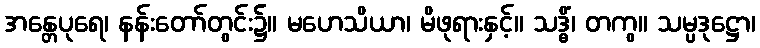
အန္တေပုရေ၊ နန်းတော်တွင်း၌။ မဟေသိယာ၊ မိဖုရားနှင့်။ သဒ္ဓိံ၊ တကွ။ သမ္ပဒုဋ္ဌော၊